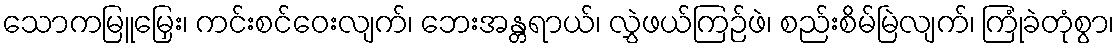
သောကမြူမြှေး၊ ကင်းစင်ဝေးလျက်၊ ဘေးအန္တရာယ်၊ လွှဲဖယ်ကြဉ်ဖဲ၊ စည်းစိမ်မြဲလျက်၊ ကြုံခဲတုံစွာ၊